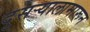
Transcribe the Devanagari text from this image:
दुसऱ्यालामारून